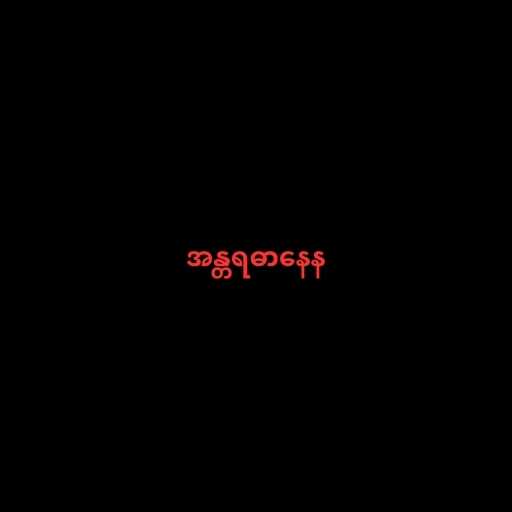
အန္တရဓာနေန